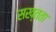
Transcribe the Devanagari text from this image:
सख्तता